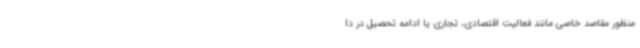
منظور مقاصد خاصی مانند فعالیت اقتصادی، تجاری یا ادامه تحصیل در دا